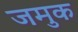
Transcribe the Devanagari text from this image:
जमुक